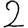
Digit: 2